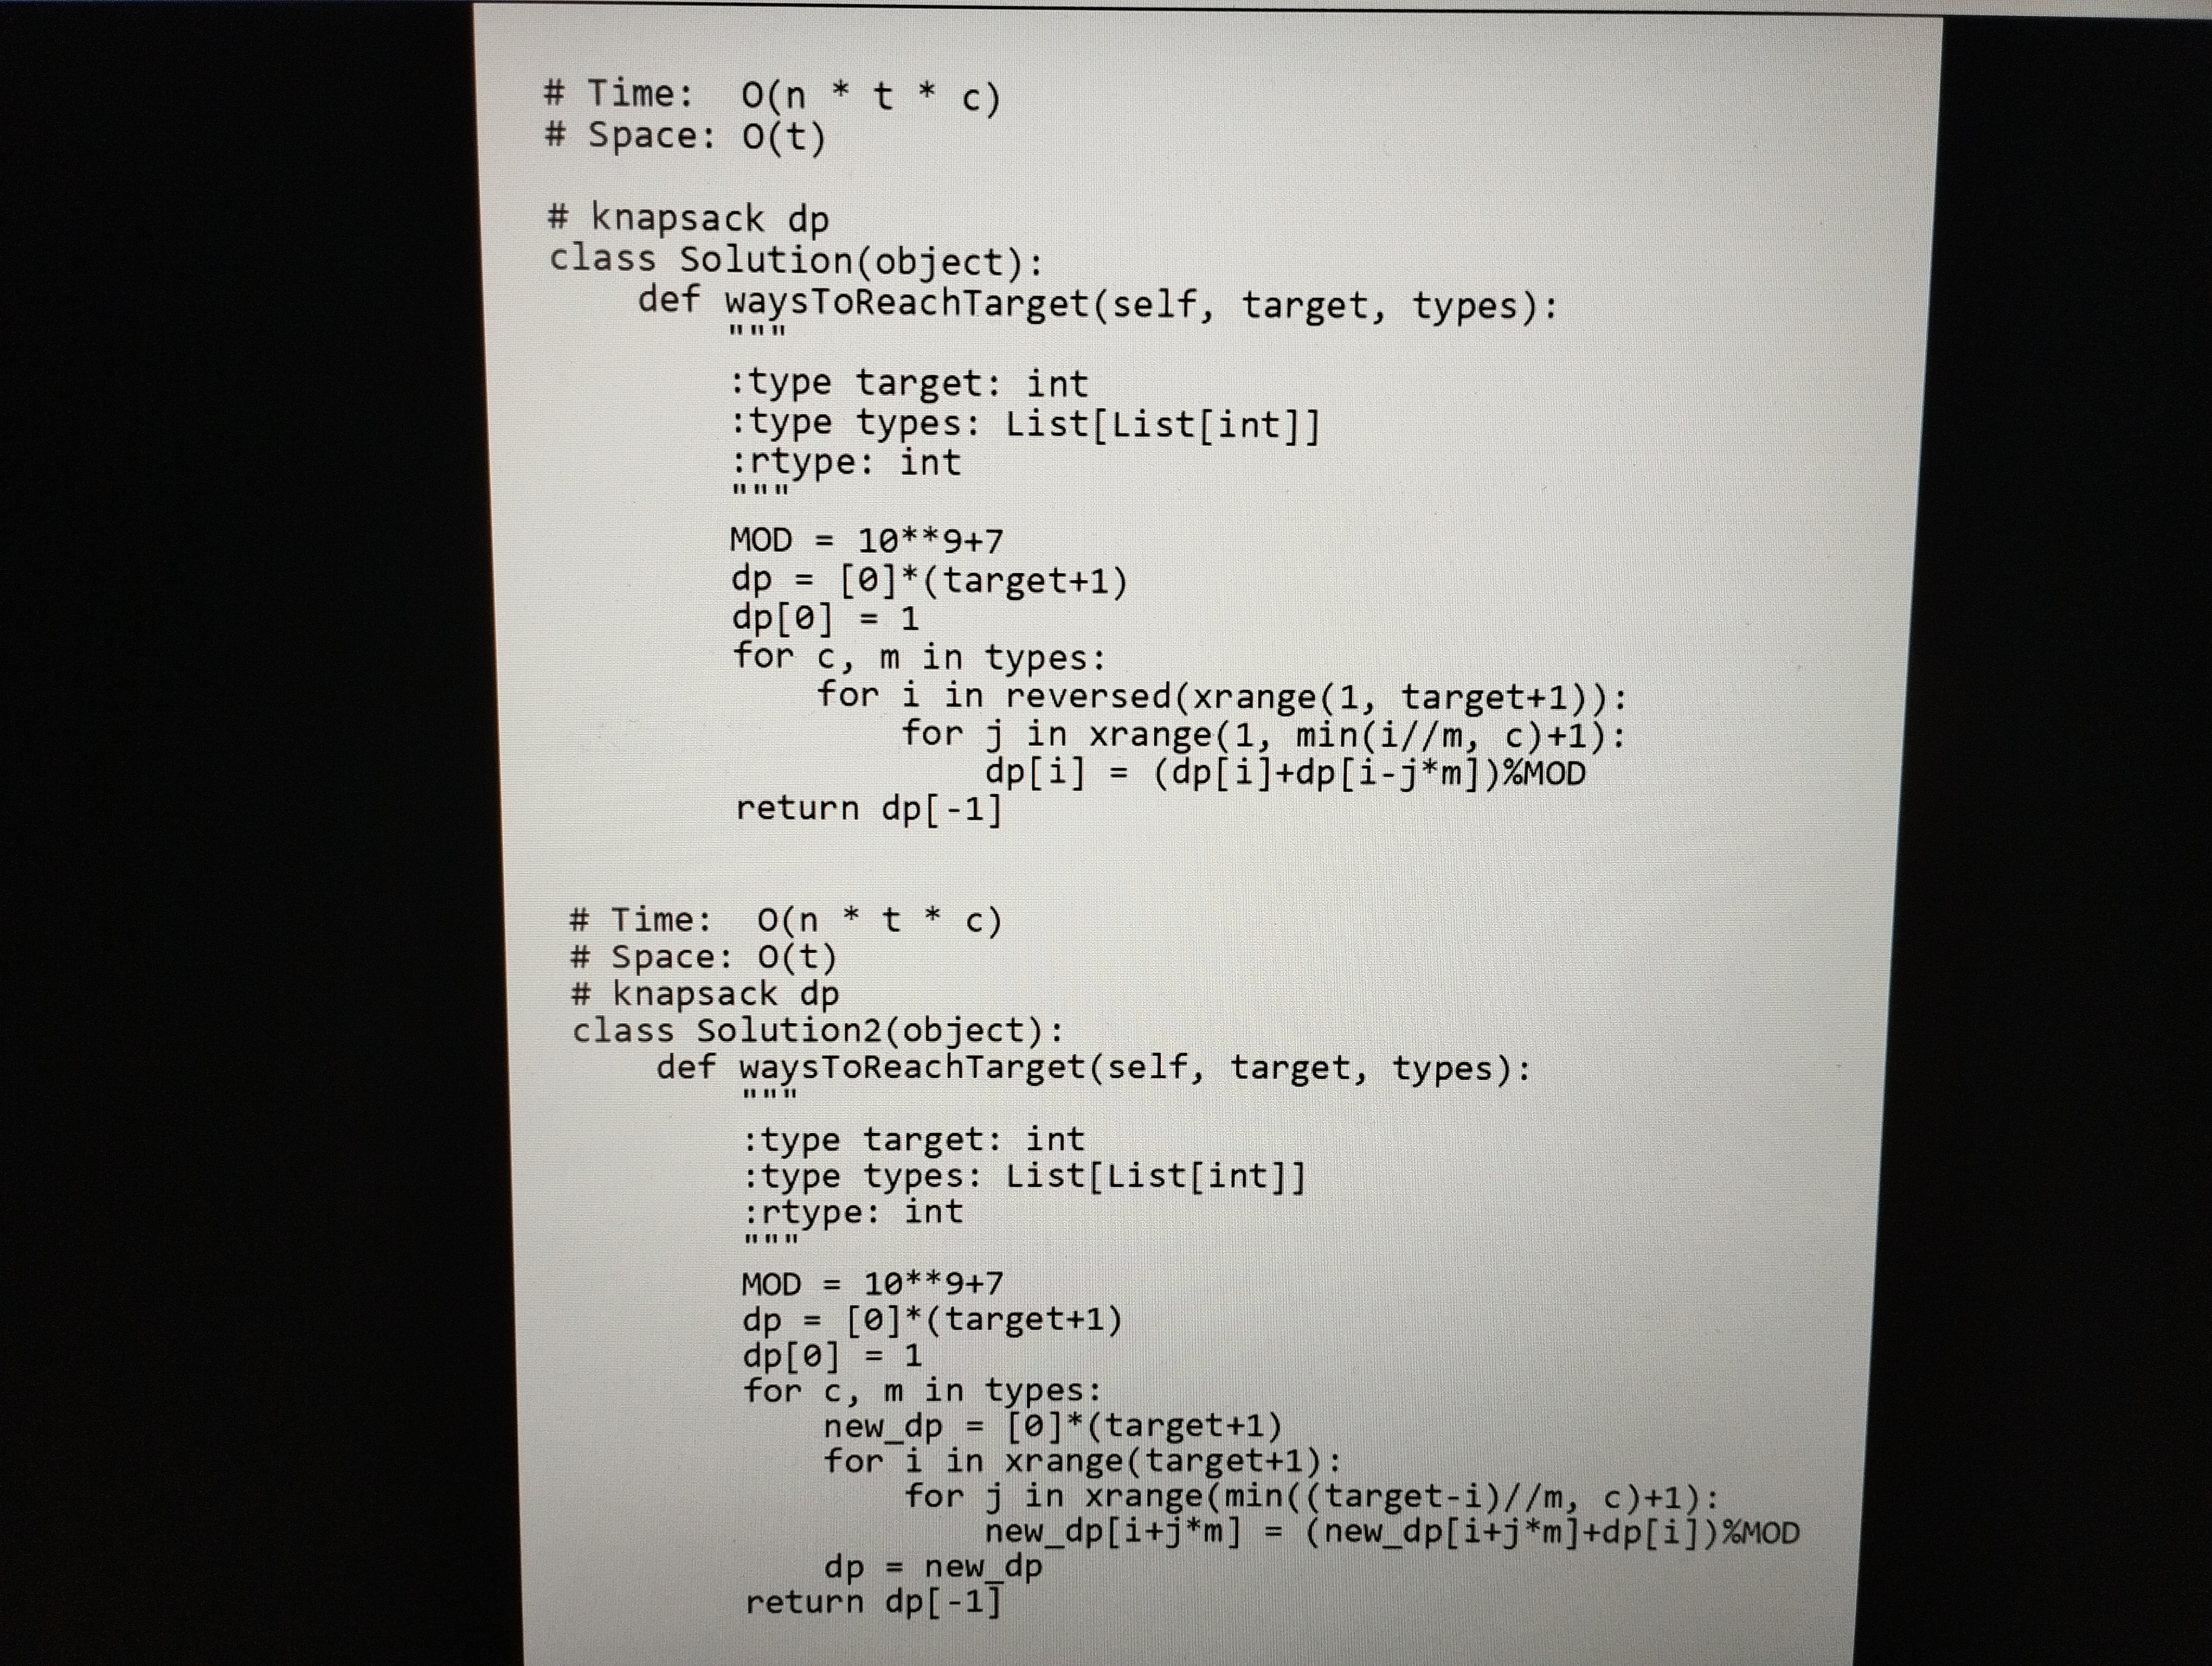
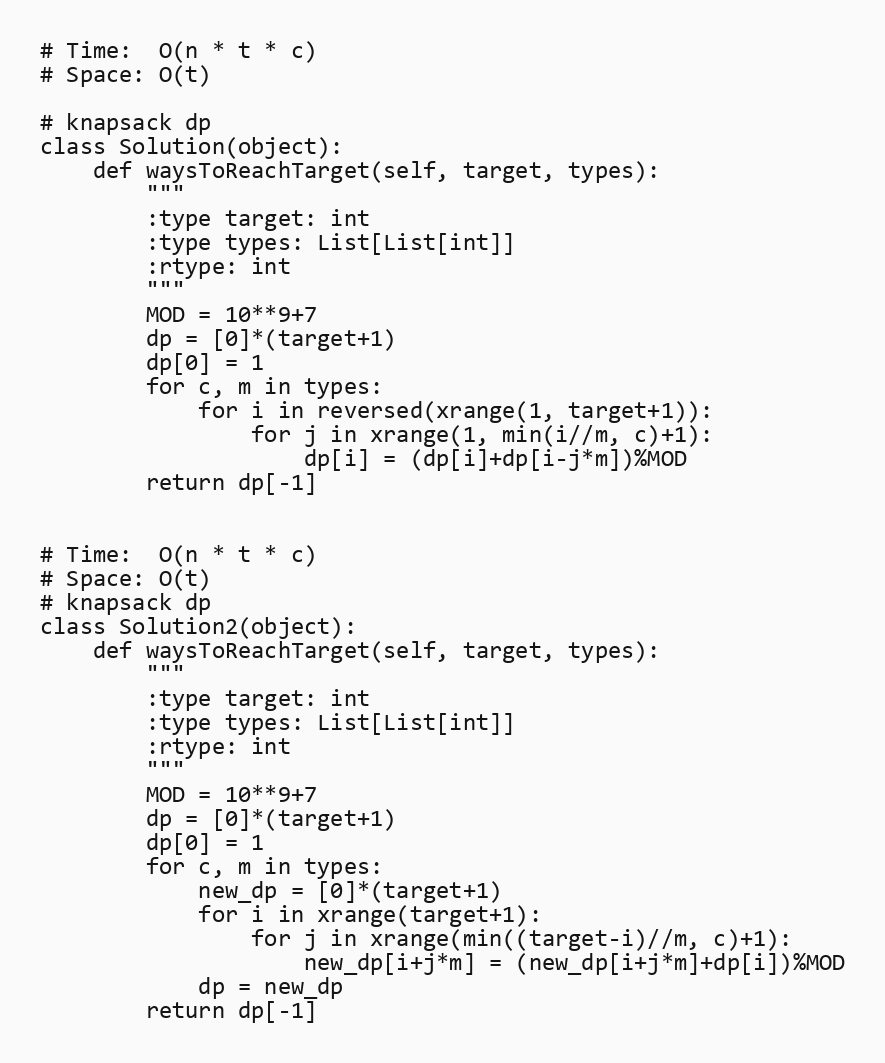
# Time:  O(n * t * c)
# Space: O(t)

# knapsack dp
class Solution(object):
    def waysToReachTarget(self, target, types):
        """
        :type target: int
        :type types: List[List[int]]
        :rtype: int
        """
        MOD = 10**9+7
        dp = [0]*(target+1)
        dp[0] = 1
        for c, m in types:
            for i in reversed(xrange(1, target+1)):
                for j in xrange(1, min(i//m, c)+1):
                    dp[i] = (dp[i]+dp[i-j*m])%MOD
        return dp[-1]

# Time:  O(n * t * c)
# Space: O(t)
# knapsack dp
class Solution2(object):
    def waysToReachTarget(self, target, types):
        """
        :type target: int
        :type types: List[List[int]]
        :rtype: int
        """
        MOD = 10**9+7
        dp = [0]*(target+1)
        dp[0] = 1
        for c, m in types:
            new_dp = [0]*(target+1)
            for i in xrange(target+1):
                for j in xrange(min((target-i)//m, c)+1):
                    new_dp[i+j*m] = (new_dp[i+j*m]+dp[i])%MOD
            dp = new_dp
        return dp[-1]